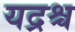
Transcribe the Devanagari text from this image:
यद्रश्च